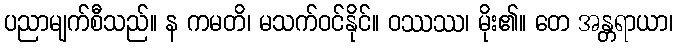
ပညာမျက်စီသည်။ န ကမတိ၊ မသက်ဝင်နိုင်။ ဝဿဿ၊ မိုး၏။ တေ အန္တရာယာ၊